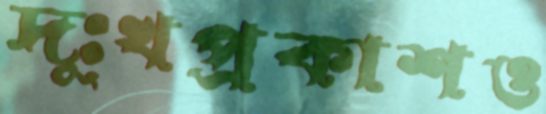
দুঃখপ্রকাশও